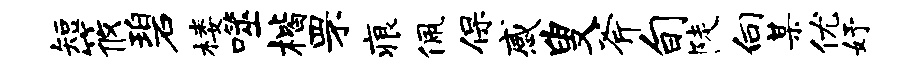
短筱碧楼噬楷罘痕佩保感叟斧旬陡向某优妤